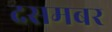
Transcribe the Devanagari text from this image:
दसमबर